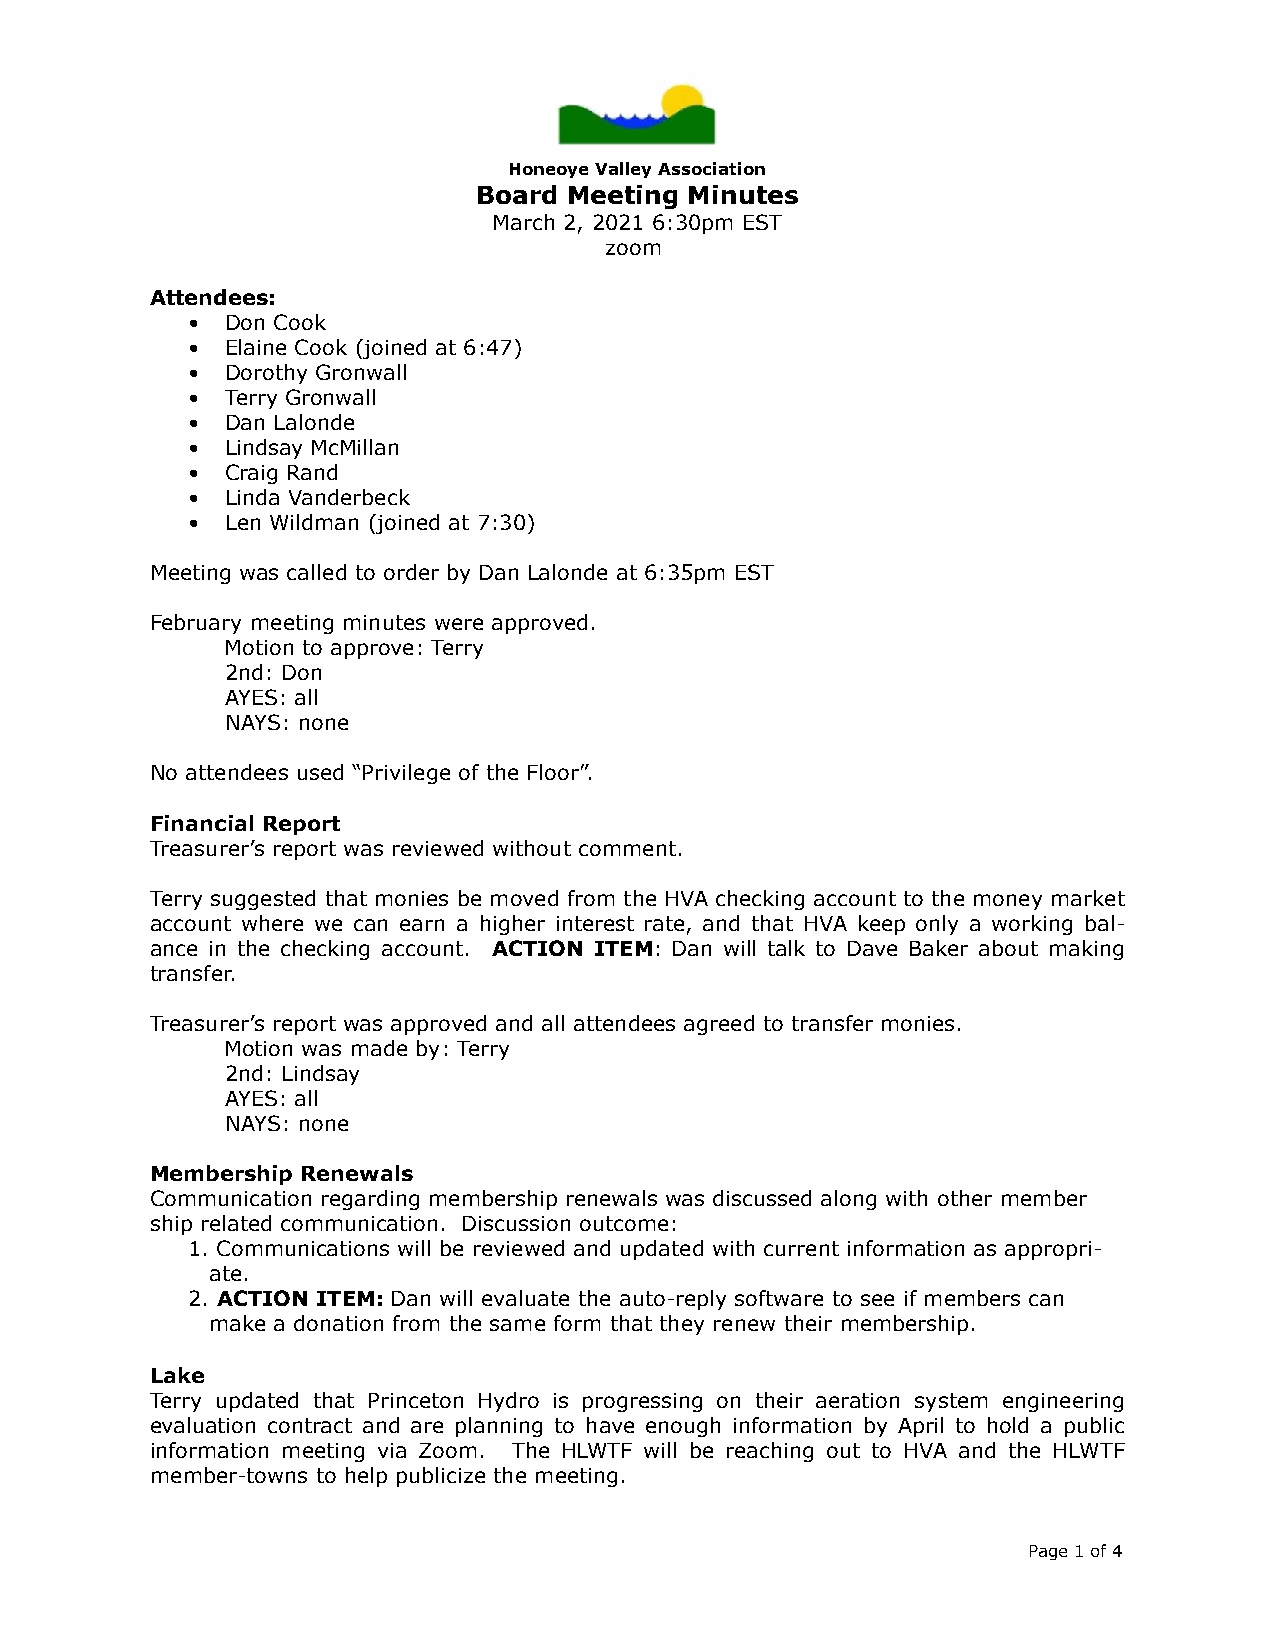
Honeoye Valley Association
 Board Meeting Minutes
 March 2, 2021 6:30pm EST
 zoom
 Attendees:
 •  Don Cook
 •  Elaine Cook (joined at 6:47)
 •  Dorothy Gronwall
 •  Terry Gronwall
 •  Dan Lalonde
 •  Lindsay McMillan
 •  Craig Rand
 •  Linda Vanderbeck
 •  Len Wildman (joined at 7:30)
 Meeting was called to order by Dan Lalonde at 6:35pm EST
 February meeting minutes were approved.
 Motion to approve: Terry
 2nd: Don
 AYES: all
 NAYS: none
 No attendees used “Privilege of the Floor”.
 Financial Report
 Treasurer’s report was reviewed without comment.
 Terry suggested that monies be moved from the HVA checking account to the money market
 account where we can earn a higher interest rate, and that HVA keep only a working bal-
 ance in the checking account. ACTION ITEM: Dan will talk to Dave Baker about making
 transfer.
 Treasurer’s report was approved and all attendees agreed to transfer monies.
 Motion was made by: Terry
 2nd: Lindsay
 AYES: all
 NAYS: none
 Membership Renewals
 Communication regarding membership renewals was discussed along with other member
 ship related communication. Discussion outcome:
 1. Communications will be reviewed and updated with current information as appropri-
 ate.
 2. ACTION ITEM: Dan will evaluate the auto-reply software to see if members can
 make a donation from the same form that they renew their membership.
 Lake
 Terry updated that Princeton Hydro is progressing on their aeration system engineering
 evaluation contract and are planning to have enough information by April to hold a public
 information meeting via Zoom. The HLWTF will be reaching out to HVA and the HLWTF
 member-towns to help publicize the meeting.
 Page 1 of 4